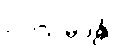
ဥပသမ္ပဒန္တိ